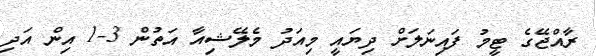
ރާއްޖޭގެ ޓީމު ފައިނަލަށް ދިޔައީ މިއަދު މެލޭޝިއާ އަތުން 3-1 އިން އަދި